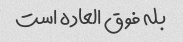
بله فوق العاده است